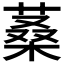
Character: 𦶿